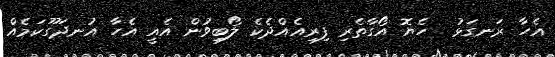
އެހާ ރަނގަޅު  ހެޔޮ އޯގާތެރި ފިރިއެއްދެކެ ލޯބިވުން އެއީ އެހާ އުނދަގޫކަމެއް